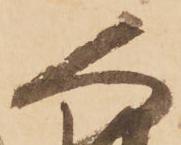
人